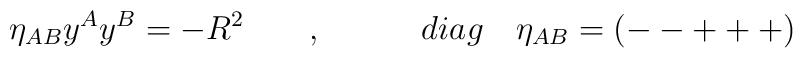
\eta _{AB}y^Ay^B=-R^2\quad \quad ,\qquad \quad diag\quad \eta_{AB}=(--+++)